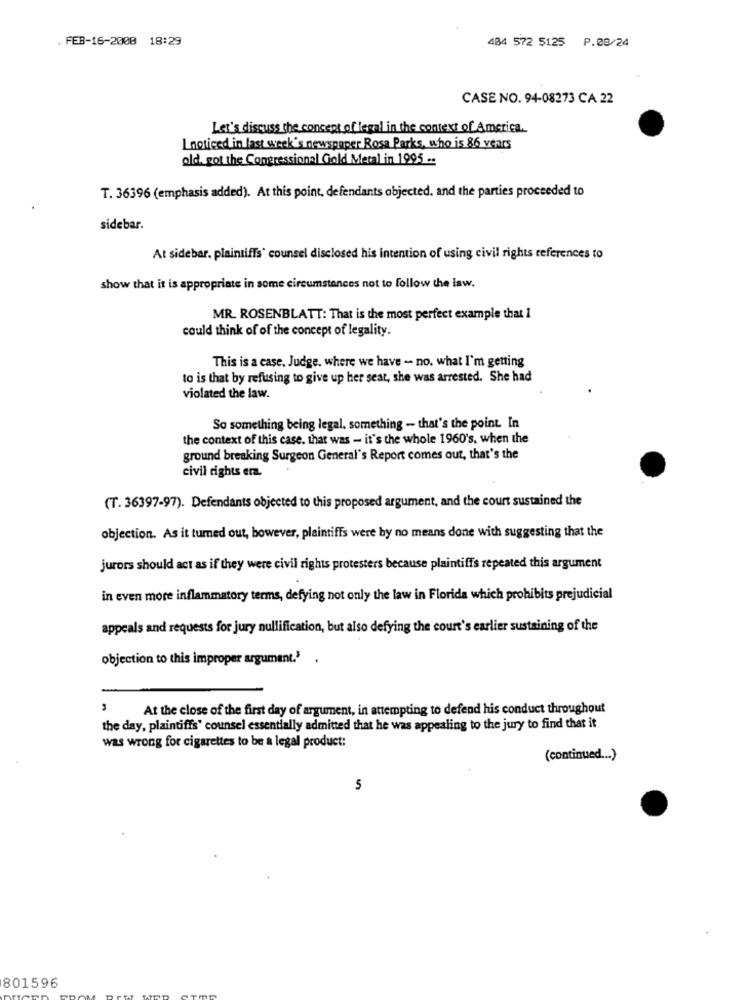
FEB-16-2000 18:29
484 572 5125 P.08/24
CASE NO. 94-08273 CA 22
Let's discuss the concept of legal in the context of America.
I noticed in last week's newspaper Rosa Parks, who is 86 years
old. got the Congressional Gold Metal in 1995 ..
T. 36396 (emphasis added). At this point, defendants objected, and the parties proceeded to
sidebar.
At sidebar, plaintiffs' counsel disclosed his intention of using civil rights references to
show that it is appropriate in some circumstances not to follow the law.
MR. ROSENBLATT: That is the most perfect example that I
could think of of the concept of legality.
This is a case, Judge, where we have - no. what I'm getting
to is that by refusing to give up her seat, she was arrested. She had
violated the law.
So something being legal, something - that's the point. In
the context of this case. that was - it's the whole 1960's, when the
ground breaking Surgeon General's Report comes out, that's the
civil rights era.
(T. 36397-97). Defendants objected to this proposed argument, and the court sustained the
objection. As it turned out, however, plaintiffs were by no means done with suggesting that the
jurors should act as if they were civil rights protesters because plaintiffs repeated this argument
in even more inflammatory terms, defying not only the law in Florida which prohibits prejudicial
appeals and requests for jury nullification, but also defying the court's earlier sustaining of the
objection to this improper argument.' ,
At the close of the first day of argument, in attempting to defend his conduct throughout
the day, plaintiffs' counsel essentially admitted that he was appealing to the jury to find that it
was wrong for cigarettes to be a legal product:
(continued ... )
5
801596